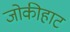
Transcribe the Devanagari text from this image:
जोकीहाट